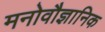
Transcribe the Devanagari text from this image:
मनोवौज्ञानिक